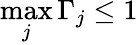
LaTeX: \operatorname*{max}_{j}\Gamma_{j}\leq 1